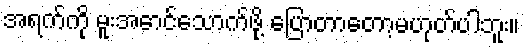
အရက်ကို မူးအောင်သောက်ဖို့ ပြောတာတော့မဟုတ်ပါဘူး။